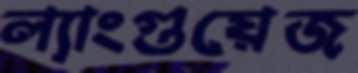
ল্যাংগুয়েজ